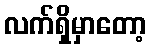
လက်ရှိမှာတော့